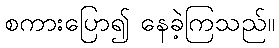
စကားပြော၍ နေခဲ့ကြသည်။